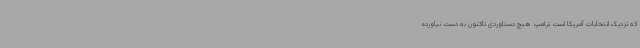
که نزدیک انتخابات آمریکا است ترامپ هیچ دستاوردی تاکنون به دست نیاورده